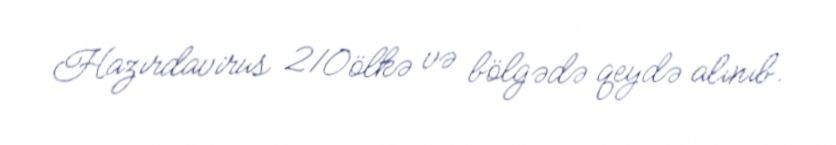
Hazırdavirus 210ölkə və bölgədə qeydə alınıb.